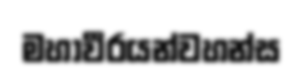
මහාවීරයන්වහන්ස